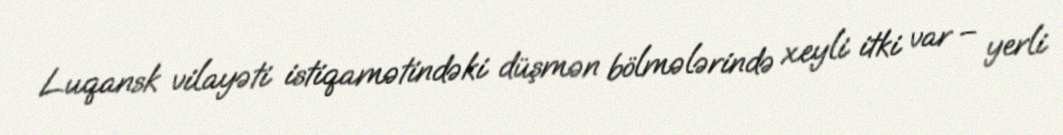
Luqansk vilayəti istiqamətindəki düşmən bölmələrində xeyli itki var – yerli